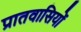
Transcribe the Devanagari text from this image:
प्रातवासियों